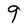
Character: g